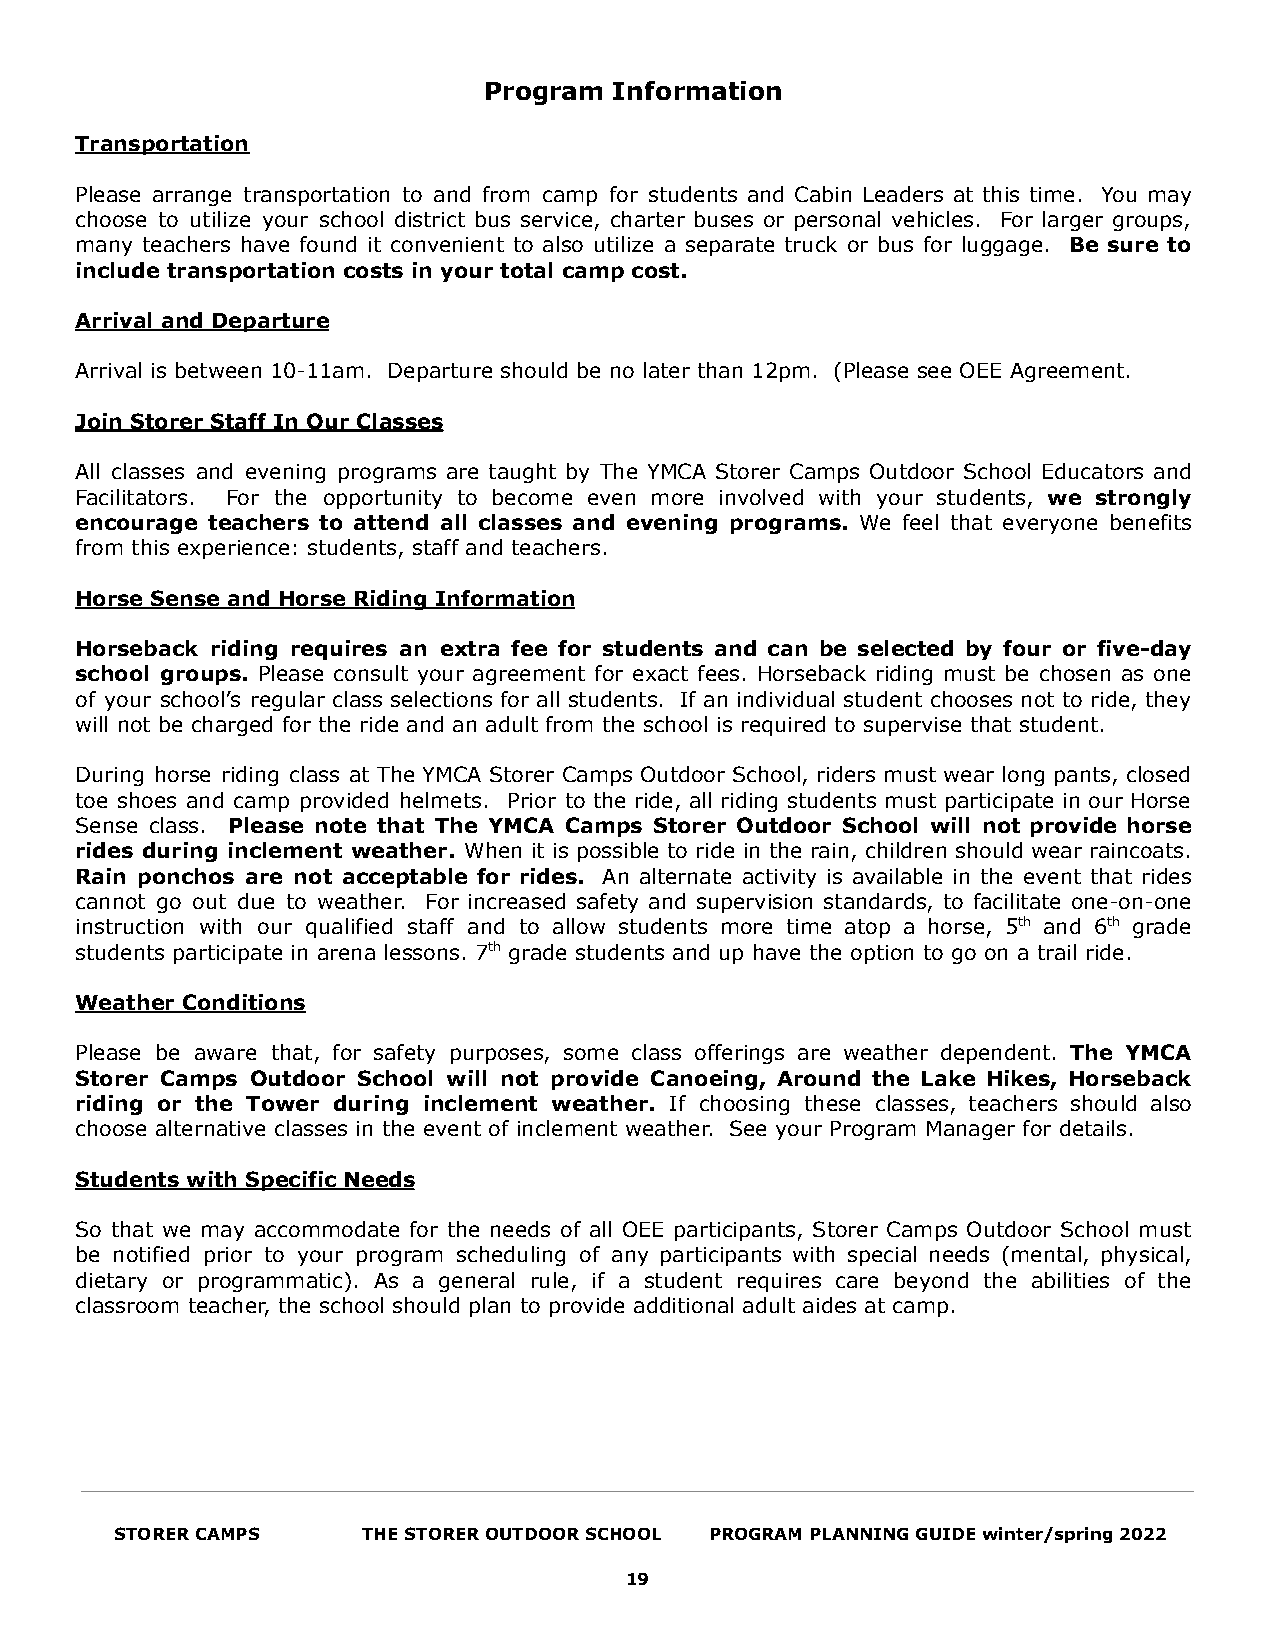
Program  Information
 Transportation
 Please arrange transportation to and from camp for students and Cabin Leaders at this time. You may
 choose to utilize your school district bus service, charter buses or personal vehicles. For larger groups,
 many teachers have found it convenient to also utilize a separate truck or bus for luggage. Be sure to
 include transportation costs in your total camp cost.
 Arrival and Departure
 Arrival is between 10-11am. Departure should be no later than 12pm. (Please see OEE Agreement.
 Join Storer Staff In Our Classes
 All classes and evening programs are taught by The YMCA Storer Camps Outdoor School Educators and
 Facilitators. For the opportunity to become even more involved with your students, we strongly
 encourage teachers to attend all classes and evening programs. We feel that everyone benefits
 from this experience: students, staff and teachers.
 Horse Sense and Horse Riding Information
 Horseback riding requires an extra fee for students and can be selected by four or five-day
 school groups. Please consult your agreement for exact fees. Horseback riding must be chosen as one
 of your school’s regular class selections for all students. If an individual student chooses not to ride, they
 will not be charged for the ride and an adult from the school is required to supervise that student.
 During horse riding class at The YMCA Storer Camps Outdoor School, riders must wear long pants, closed
 toe shoes and camp provided helmets. Prior to the ride, all riding students must participate in our Horse
 Sense class. Please note that The YMCA Camps Storer Outdoor School will not provide horse
 rides during inclement weather. When it is possible to ride in the rain, children should wear raincoats.
 Rain ponchos are not acceptable for rides. An alternate activity is available in the event that rides
 cannot go out due to weather. For increased safety and supervision standards, to facilitate one-on-one
 instruction with our qualified staff and to allow students more time atop a horse, 5th and 6th grade
 students participate in arena lessons. 7th grade students and up have the option to go on a trail ride.
 Weather Conditions
 Please be aware that, for safety purposes, some class offerings are weather dependent. The YMCA
 Storer Camps Outdoor School will not provide Canoeing, Around the Lake Hikes, Horseback
 riding or the Tower during inclement weather. If choosing these classes, teachers should also
 choose alternative classes in the event of inclement weather. See your Program Manager for details.
 Students with Specific Needs
 So that we may accommodate for the needs of all OEE participants, Storer Camps Outdoor School must
 be notified prior to your program scheduling of any participants with special needs (mental, physical,
 dietary or programmatic). As a general rule, if a student requires care beyond the abilities of the
 classroom teacher, the school should plan to provide additional adult aides at camp.
 STORER CAMPS    THE STORER OUTDOOR SCHOOL PROGRAM PLANNING GUIDE winter/spring 2022
 19